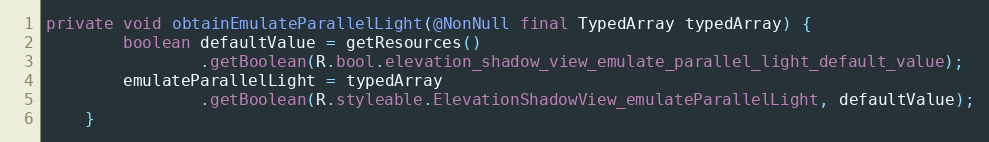
Language: Java
private void obtainEmulateParallelLight(@NonNull final TypedArray typedArray) {
        boolean defaultValue = getResources()
                .getBoolean(R.bool.elevation_shadow_view_emulate_parallel_light_default_value);
        emulateParallelLight = typedArray
                .getBoolean(R.styleable.ElevationShadowView_emulateParallelLight, defaultValue);
    }